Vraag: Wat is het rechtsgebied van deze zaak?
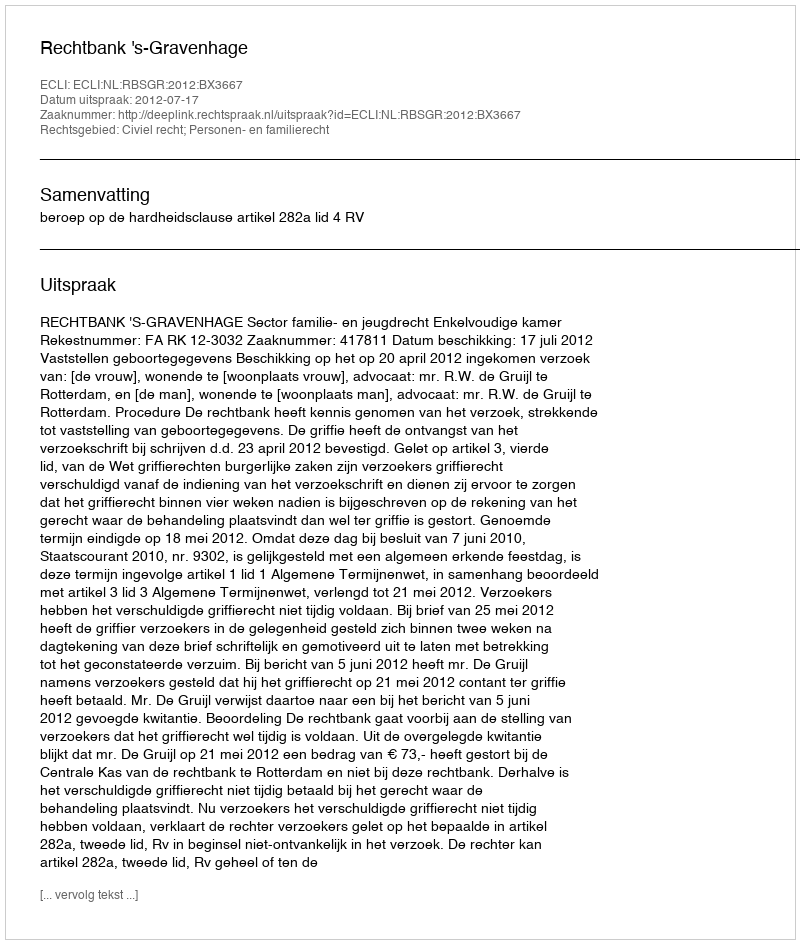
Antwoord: Civiel recht; Personen- en familierecht